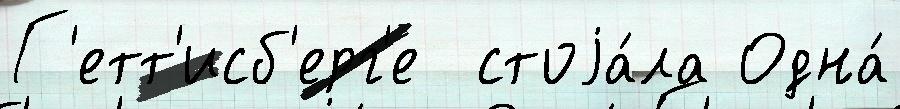
Г'етт'исб'ерг'е  стоjа́ла Одна́